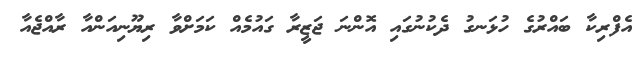
އެފްރިކާ ބައްރުގެ ހުޅަނގު ދެކުނުގައި އޮންނަ ޖަޒީރާ ގައުމެއް ކަމަށްވާ ރިޔޫނިއަންއާ ރާއްޖެއާ